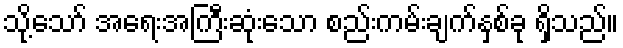
သို့သော် အရေးအကြီးဆုံးသော စည်းကမ်းချက်နှစ်ခု ရှိသည်။